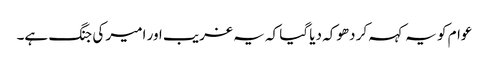
عوام کو یہ کہہ کر دھوکہ دیا گیا کہ یہ غریب اور امیر کی جنگ ہے۔